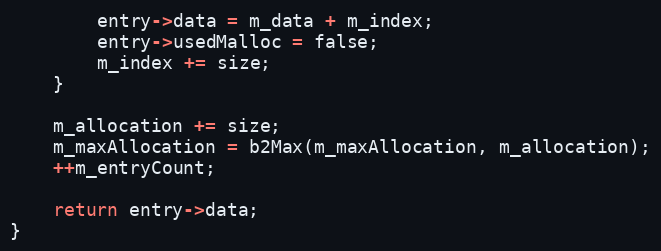
Language: C++
		entry->data = m_data + m_index;
		entry->usedMalloc = false;
		m_index += size;
	}

	m_allocation += size;
	m_maxAllocation = b2Max(m_maxAllocation, m_allocation);
	++m_entryCount;

	return entry->data;
}